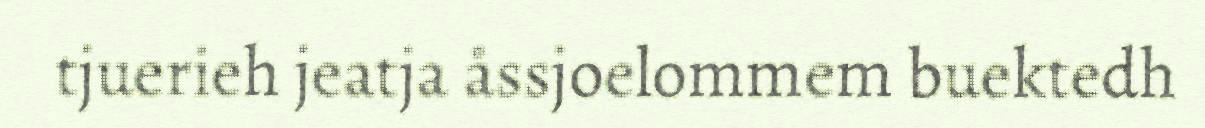
tjuerieh jeatja åssjoelommem buektedh